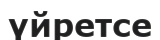
үйретсе